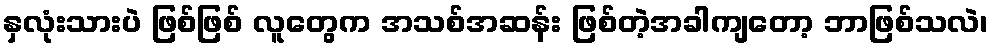
နှလုံးသားပဲ ဖြစ်ဖြစ် လူတွေက အသစ်အဆန်း ဖြစ်တဲ့အခါကျတော့ ဘာဖြစ်သလဲ၊